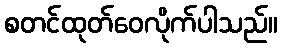
စတင်ထုတ်ဝေလိုက်ပါသည်။